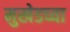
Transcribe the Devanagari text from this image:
मुखेडच्या